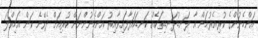
އަންހެނުންގެ ކުރިއެރުމަށް އާ ލަނޑުދަނޑިތަކެއް ކަނޑައަޅާފައިވާއިރު އަންހެނުންނަށް ކުރިއަށް ދެވޭނެ ކަން އަމިއްލަ